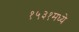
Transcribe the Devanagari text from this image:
१५३१मध्ये